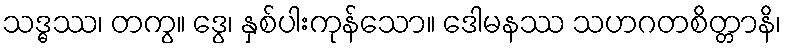
သဒ္ဓဿ၊ တကွ။ ဒွေ၊ နှစ်ပါးကုန်သော။ ဒေါမနဿ သဟဂတစိတ္တာနိ၊